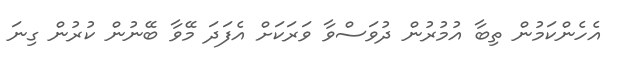
އެހެންކަމުން ތިބާ އުމުރުން ދުވަސްވާ ވަރަކަށް އެފަދަ މޭވާ ބޭނުން ކުރުން ގިނަ